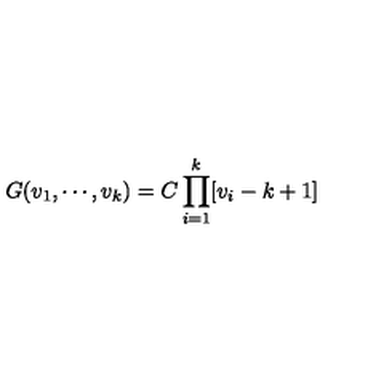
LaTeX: G ( v _ { 1 } , \cdots , v _ { k } ) = C \prod _ { i = 1 } ^ { k } [ v _ { i } - k + 1 ]